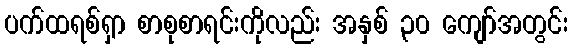
ပက်ထရစ်ရှာ စာစုစာရင်းကိုလည်း အနှစ် ၃၀ ကျော်အတွင်း